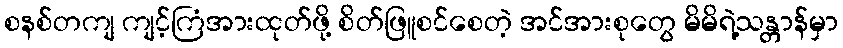
စနစ်တကျ ကျင့်ကြံအားထုတ်ဖို့ စိတ်ဖြူစင်စေတဲ့ အင်အားစုတွေ မိမိရဲ့သန္တာန်မှာ